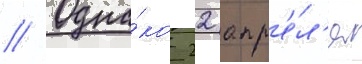
// Одна́ко 22 апр'е́л'я